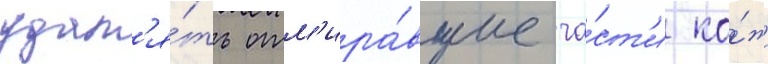
удал'я́ть отм'ира́вшие ча́ст'и ко́жи